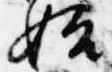
始